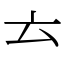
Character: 𠫓